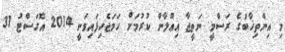
މި އިންތިޚާބުގެ ރަސްމީ ނަތީޖާ އިޢުލާން ކުރުމަށް ހަމަޖެހިފައިވަނީ 2014 އޮގަސްޓު 31